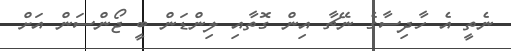
ނެތީ އެ ހާދިސާގެ ނޭޗާ އިން ގޮތާއި ލިންޑަން ބީ ޖޯންސަން އަށް